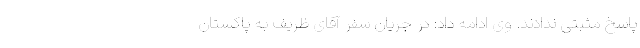
پاسخ مثبتی ندادند. وی ادامه داد: در جریان سفر آقای ظریف به پاکستان